Indian journal of veterinary science and animal husbandry - Volume 3,
Year: 1933
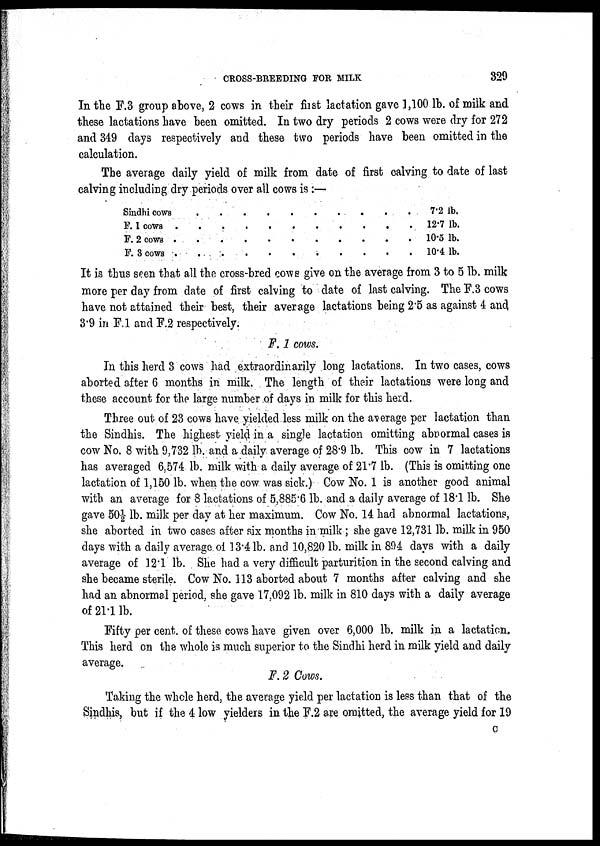
CROSS-BREEDING FOR MILK
329
In the F.3 group above, 2 cows in their first lactation gave 1,100 lb. of milk and
these lactations have been omitted. In two dry periods 2 cows were dry for 272
and 349 days respectively and these two periods have been omitted in the
calculation.
The average daily yield of milk from date of first calving to date of last
calving including dry periods over all cows is :—
Sindhi cows
F. 1 cows .
F. 2 cows .
F. 3 cows .
.
.
.
.
.
.
.
.
.
.
.
.
.
.
.
.
.
.
.
.
.
.
.
.
.
.
.
.
.
.
.
.
.
.
.
.
.
.
.
.
7.2 lb.
12.7 lb.
10.5 lb.
10.4 lb.
It is thus seen that all the cross-bred cows give on the average from 3 to 5 lb. milk
more per day from date of first calving to date of last calving. The F.3 cows
have not attained their best, their average lactations being 2.5 as against 4 and
3.9 in F.1 and F.2 respectively.
F. 1 cows.
In this herd 3 cows had extraordinarily long lactations. In two cases, cows
aborted after 6 months in milk. The length of their lactations were long and
these account for the large number of days in milk for this herd.
Three out of 23 cows have yielded less milk on the average per lactation than
the Sindhis. The highest yield in a single lactation omitting abnormal cases is
cow No. 8 with 9,732 lb. and a daily average of 28.9 lb. This cow in 7 lactations
has averaged 6.574 lb. milk with a daily average of 21.7 lb. (This is omitting one
lactation of 1,150 lb. when the cow was sick.) Cow No. 1 is another good animal
with an average for 8 lactations of 5,885.6 lb. and a daily average of 18.1 lb. She
gave 50½ lb. milk per day at her maximum. Cow No. 14 had abnormal lactations,
she aborted in two cases after six months in milk ; she gave 12,731 lb. milk in 950
days with a daily average of 13.4 lb. and 10,820 1b. milk in 894 days with a daily
average of 121 lb. She had a very difficult parturition in the second calving and
she became sterile. Cow No. 113 aborted about 7 months after calving and she
had an abnormal period, she gave 17.092 lb. milk in 810 days with a daily average
of 21.1 lb.
Fifty per cent. of these cows have given over 6,000 lb. milk in a lactation.
This herd on the whole is much superior to the Sindhi herd in milk yield and daily
average.
F. 2 Cows.
Taking the whole herd, the average yield per lactation is less than that of the
Sindhis, but if the 4 low yielders in the F.2 are omitted, the average yield for 19
C